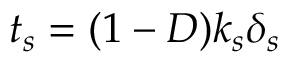
t _ { s } = ( 1 - D ) k _ { s } \delta _ { s }